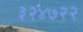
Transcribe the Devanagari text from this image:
३२४७२२